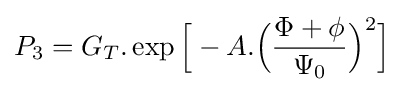
P_{3}=G_{T}.\exp {\Bigr [}-A.{\Big (}{\frac {\Phi +\phi }{\Psi _{0}}}{\Big )}^{2}{\Bigr ]}